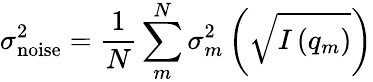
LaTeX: \sigma_{\mathrm{noise}}^{2}=\frac{1}{N}\sum_{m}^{N}\sigma_{m}^{2}\left(\sqrt{I\left(q_{m}\right)}\right)